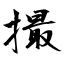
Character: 撮